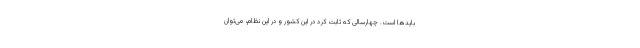
بایدها است. چهارسالی که ثابت کرد در این کشور و در این نظام، می‌توان